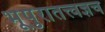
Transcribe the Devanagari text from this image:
भूपुरातत्त्वज्ञच